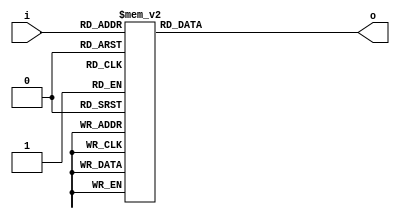
`timescale 1ns / 1ps
//////////////////////////////////////////////////////////////////////////////////
// Company: 
// Engineer: 
// 
// Design Name: 
// Module Name:    decoder 
// Project Name: 
// Target Devices: 
// Tool versions: 
// Description: 
//
// Dependencies: 
//
// Revision: 
// Revision 0.01 - File Created
// Additional Comments: 
//
//////////////////////////////////////////////////////////////////////////////////
module decoder(
    input [2:0] i,
    output [7:0] o
    );

   reg [7:0] so;
   assign o = so;
  

   always @*
       case (i)
            3'b000  : so <= 8'b00000001;
            3'b001  : so <= 8'b00000010;
            3'b010  : so <= 8'b00000100;
            3'b011  : so <= 8'b00001000;
            3'b100  : so <= 8'b00010000;
            3'b101  : so <= 8'b00100000;
            3'b110  : so <= 8'b01000000;
            3'b111  : so <= 8'b10000000;
            default : so <= 8'b00000000;
         endcase
				

endmodule